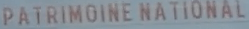
PATRIMOINE NATIONAL